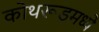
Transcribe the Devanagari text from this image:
कोथरूडमध्ये